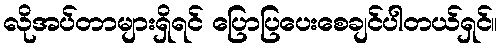
လိုအပ်တာများရှိရင် ပြောပြပေးစေချင်ပါတယ်ရှင်။